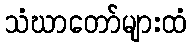
သံဃာတော်များထံ